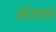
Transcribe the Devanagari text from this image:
ओशाम